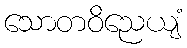
သောတဝိညေယျံ